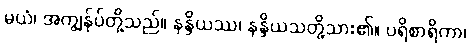
မယံ၊ အကျွန်ုပ်တို့သည်။ နန္ဒိယဿ၊ နန္ဒိယသတို့သား၏။ ပရိစာရိကာ၊